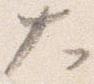
大